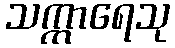
သက္ကာရေသု